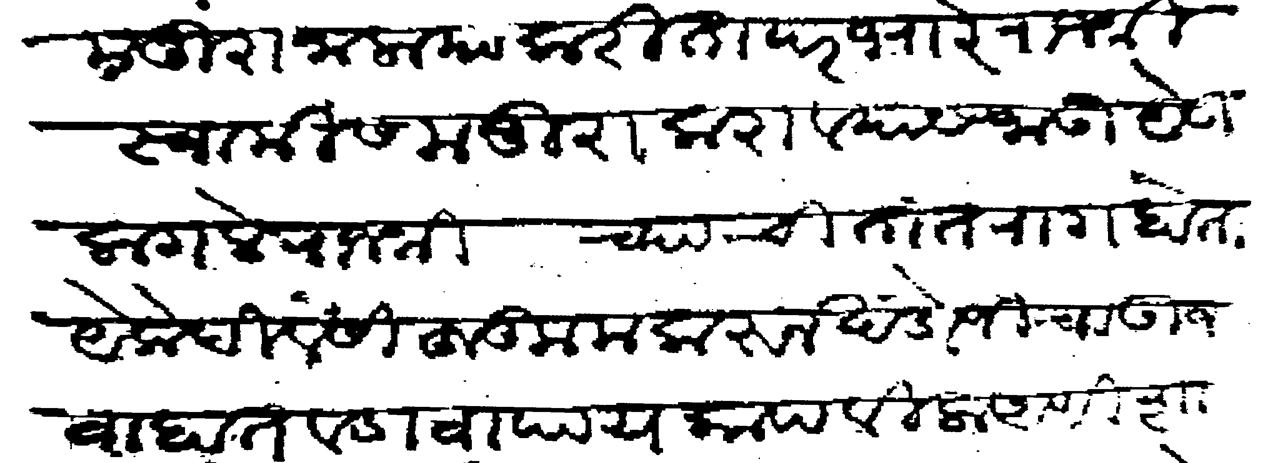
Transliteration (Devanagari): मजुरा जाला या करिता परभारे राजश्री स्वामीस मजुरा करावयास जाऊ येऊ लागले राजश्री च्या चितात राग होता येके दिवसी हुकूम करून खंडोजीचा उजवा हात व डावा पाय कापविला आणि शास्ती